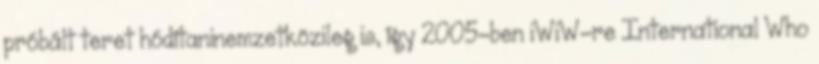
próbált teret hódítaninemzetközileg is, így 2005-ben iWiW-re International Who